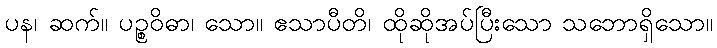
ပန၊ ဆက်။ ပဉ္စဝိဓာ၊ သော။ ဧသာပီတိ၊ ထိုဆိုအပ်ပြီးသော သဘောရှိသော။